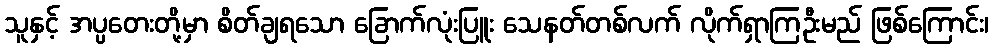
သူနှင့် အပ္ပတေးတို့မှာ စိတ်ချရသော ခြောက်လုံးပြူး သေနတ်တစ်လက် လိုက်ရှာကြဦးမည် ဖြစ်ကြောင်း၊